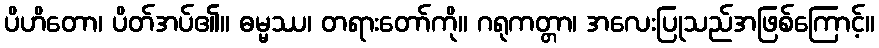
ပိဟိတော၊ ပိတ်အပ်၏။ ဓမ္မဿ၊ တရားတော်ကို။ ဂရုကတ္တာ၊ အလေးပြုသည်အဖြစ်ကြောင့်။